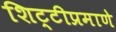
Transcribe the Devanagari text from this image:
शिट्टीप्रमाणे